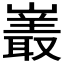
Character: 𪩝